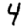
Digit: 4